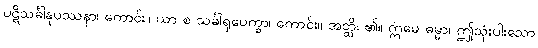
ပဋိသင်္ခါနုပဿနာ၊ ကောင်း။ ယာ စ သင်္ခါရုပေက္ခာ၊ ကောင်း။ အတ္ထိ၊ ၏။ ဣမေ ဓမ္မာ၊ ဤသုံးပါးသော